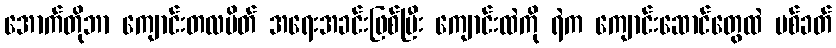
အောက်တိုဘာ ကျောင်းတလပိတ် အရေးအခင်းဖြစ်ပြီး ကျောင်းထဲကို ရဲက ကျောင်းဆောင်တွေထဲ ပစ်ခတ်